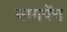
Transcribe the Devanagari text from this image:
नागपेंच